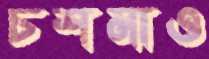
চশমাও